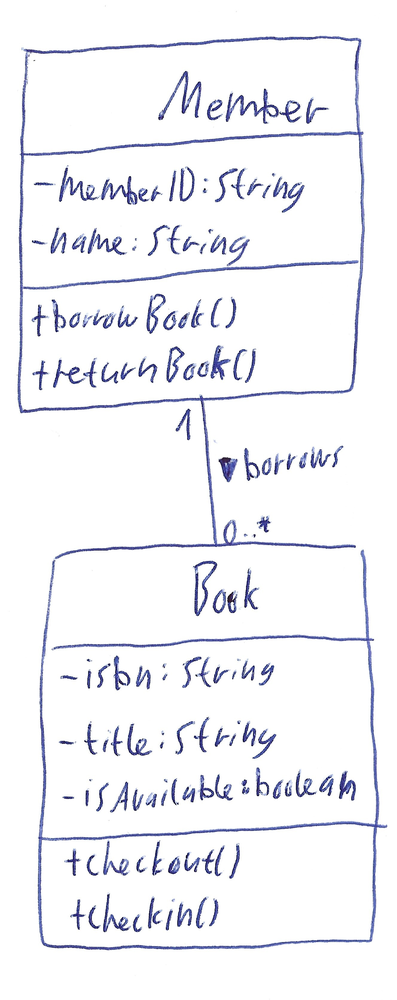
Diagram type: class_diagram
```plantuml
@startuml

class Member {
  - memberID: String
  - name: String
  + borrowBook()
  + returnBook()
}

class Book {
  - isbn: String
  - title: String
  - isAvailable: boolean
  + checkout()
  + checkin()
}

Member "1" -- "0..*" Book : borrows >

@enduml
```